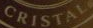
CRISTAL